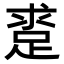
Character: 𨁛